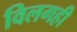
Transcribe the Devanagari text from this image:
विलगही